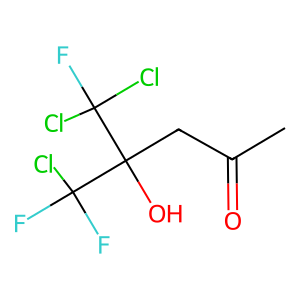
SMILES: CC(=O)CC(O)(C(F)(F)Cl)C(F)(Cl)Cl
Inhibits HIV replication: No